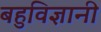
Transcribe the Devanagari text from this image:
बहुविज्ञानी